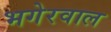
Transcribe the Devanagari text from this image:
भगेरवाल